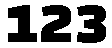
123